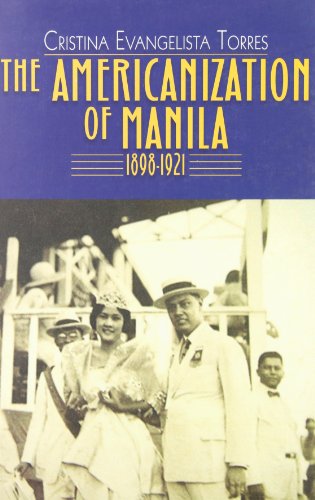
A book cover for The Americanization of Manila 1898-1921; Cristina Evangelista Torres; History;